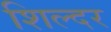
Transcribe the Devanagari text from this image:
शिल्दर